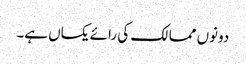
دونوں ممالک کی رائے یکساں ہے۔